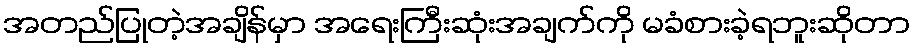
အတည်ပြုတဲ့အချိန်မှာ အရေးကြီးဆုံးအချက်ကို မခံစားခဲ့ရဘူးဆိုတာ